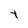
Character: t